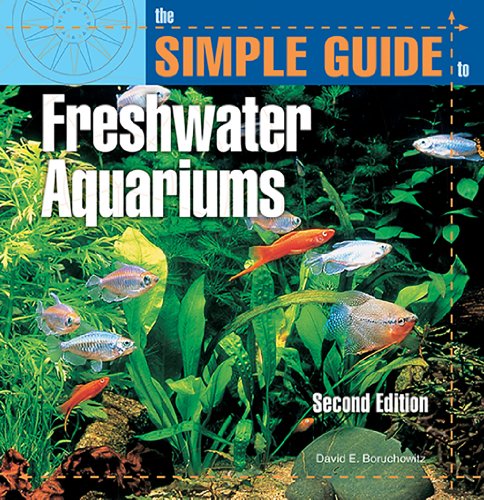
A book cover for The Simple Guide to Freshwater Aquariums (Second Edition); David E. Boruchowitz; Crafts, Hobbies & Home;